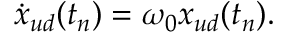
\dot { x } _ { u d } ( t _ { n } ) = \omega _ { 0 } x _ { u d } ( t _ { n } ) .